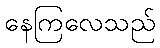
နေကြလေသည်